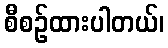
စီစဉ်ထားပါတယ်၊